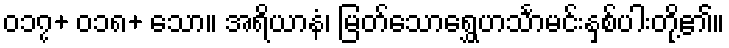
၀၁၇+ ၀၁၈+ သော။ အရိယာနံ၊ မြတ်သောရွှေဟင်္သာမင်းနှစ်ပါးတို့၏။